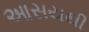
આસયથી